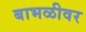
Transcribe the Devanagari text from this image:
बाभळीवर